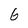
Character: 6